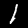
Label: 1